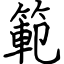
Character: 範